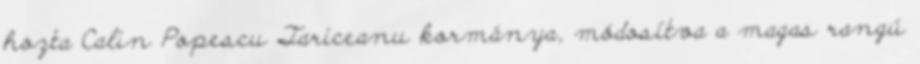
hozta Calin Popescu Tariceanu kormánya, módosítva a magas rangú